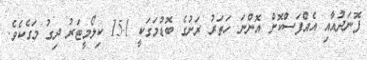
ފޮނަދުއާއި އެއްފަސްކޮށް އޮންނަ ހަތަރު ރަށުގެ ބޮޑުމަގަކީ 15.1 ކިލޯމީޓަރު ދިގު މަގެކެވެ.